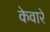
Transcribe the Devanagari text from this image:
केवारे